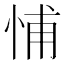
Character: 悑